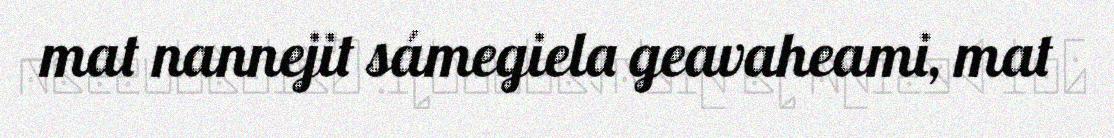
mat nannejit sámegiela geavaheami, mat